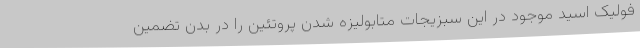
فولیک اسید موجود در این سبزیجات متابولیزه شدن پروتئین را در بدن تضمین